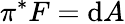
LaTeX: \pi^{*}F=\mathrm{d}A